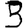
Digit: 3